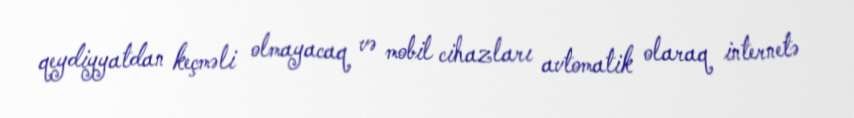
qeydiyyatdan keçməli olmayacaq və mobil cihazları avtomatik olaraq internetə